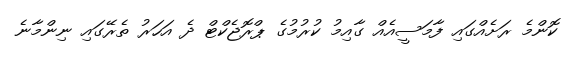
ކޮންމެ ރަށެއްގައި ފާމަސީއެއް ގާއިމު ކުރުމުގެ ޕްރޮޖެކްޓް ދެ އަހަރު ތެރޭގައި ނިންމާނެ